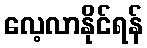
လေ့လာနိုင်ရန်